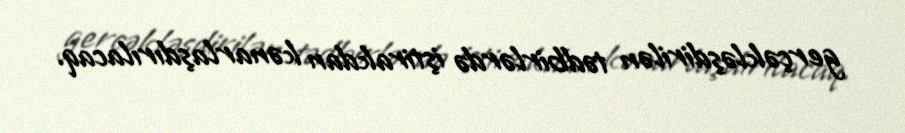
gerçəkləşdirilən tədbirlərdə iştirakdan kənarlaşdırılacaq.